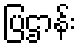
ပြဌာန်း